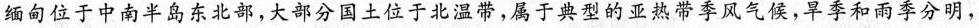
缅甸位于中南半岛东北部，大部分国土位于北温带，属于典型的亚热带季风气候，旱季和雨季分明，